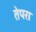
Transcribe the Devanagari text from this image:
तेपरा